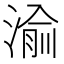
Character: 𬈝